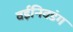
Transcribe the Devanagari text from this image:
वईनिवडंग